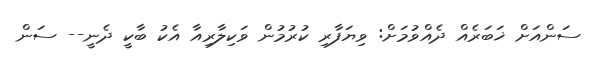
ސަންއަށް ޚަބަރެއް ދެއްވުމަށް: ވިޔަފާރި ކުރުމުން ވަކިލާރިއާ އެކު ބާކީ ދެނީ-- ސަން